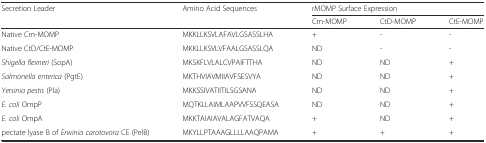
| <ROWSPAN=2> Secretion Leader | <ROWSPAN=2> Amino Acid Sequences | <COLSPAN=3> rMOMP Surface Expression |
 | Cm-MOMP | CtD-MOMP | CtE-MOMP |
 | --- | --- | --- | --- | --- |
 | Native Cm-MOMP | MKKLLKSVLAFAVLGSASSLHA | + | - | - |
 | Native CtD/CtE-MOMP | MKKLLKSVLVFAALGSASSLQA | ND | - | - |
 | Shigella flexneri (SopA) | MKSKFLVLALCVPAIFTTHA | ND | ND | + |
 | Salmonella enterica (PgtE) | MKTHVIAVMIIAVFSESVYA | ND | ND | + |
 | Yersinia pestis (Pla) | MKKSSIVATIITILSGSANA | ND | ND | + |
 | E. coli OmpP | MQTKLLAIMLAAPVVFSSQEASA | ND | ND | + |
 | E. coli OmpA | MKKTAIAIAVALAGFATVAQA | + | ND | + |
 | pectate lyase B of Erwinia carotovora CE (PelB) | MKYLLPTAAAGLLLLAAQPAMA | + | + | + |